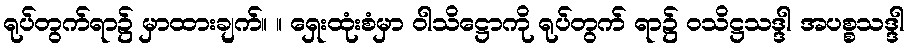
ရုပ်တွက်ရာ၌ မှာထားချက်။ ။ ရှေးထုံးစံမှာ ဝါသိဋ္ဌောကို ရုပ်တွက် ရာ၌ ဝသိဋ္ဌသဒ္ဒါ အပစ္စသဒ္ဒါ